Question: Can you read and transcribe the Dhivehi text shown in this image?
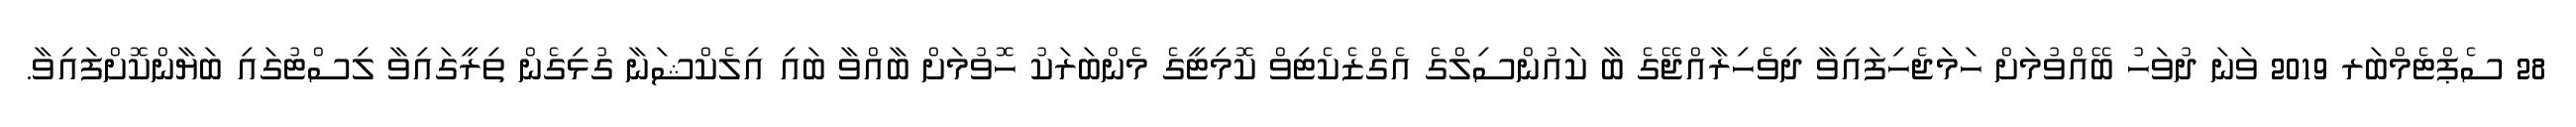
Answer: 28 ސެޕްޓެމްބަރ 2019 ވަނަ ދުވަހު ބޭއްވުމަށް ހަމަޖެހިފައިވާ ދިވެހިރާއްޖޭގެ ބާ ކައުންސިލްގެ އެގްޒެކެޓިވް ކޮމިޓީގެ މެންބަރަކު ހޮވުމަށް ބާއްވާ ބައި އިލެކްޝަނާ ގުޅިގެން ތިރީގައިވާ ލިސްޓުގައި ބަޔާންކޮށްފައިވާ.